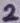
Text: 2